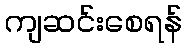
ကျဆင်းစေရန်